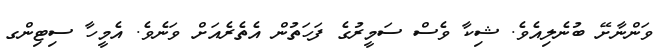
ވަންނާށޭ ބުނެލިއެވެ. ޝިކާ ވެސް ސަމީރުގެ ފަހަތުން އެތެރެއަށް ވަނެވެ. އެމީހާ ސިޓިންގ